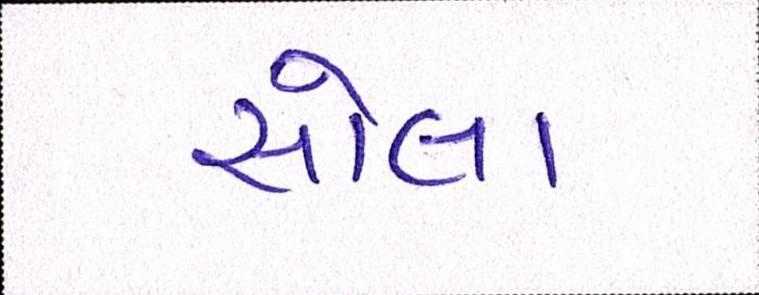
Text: સોલા